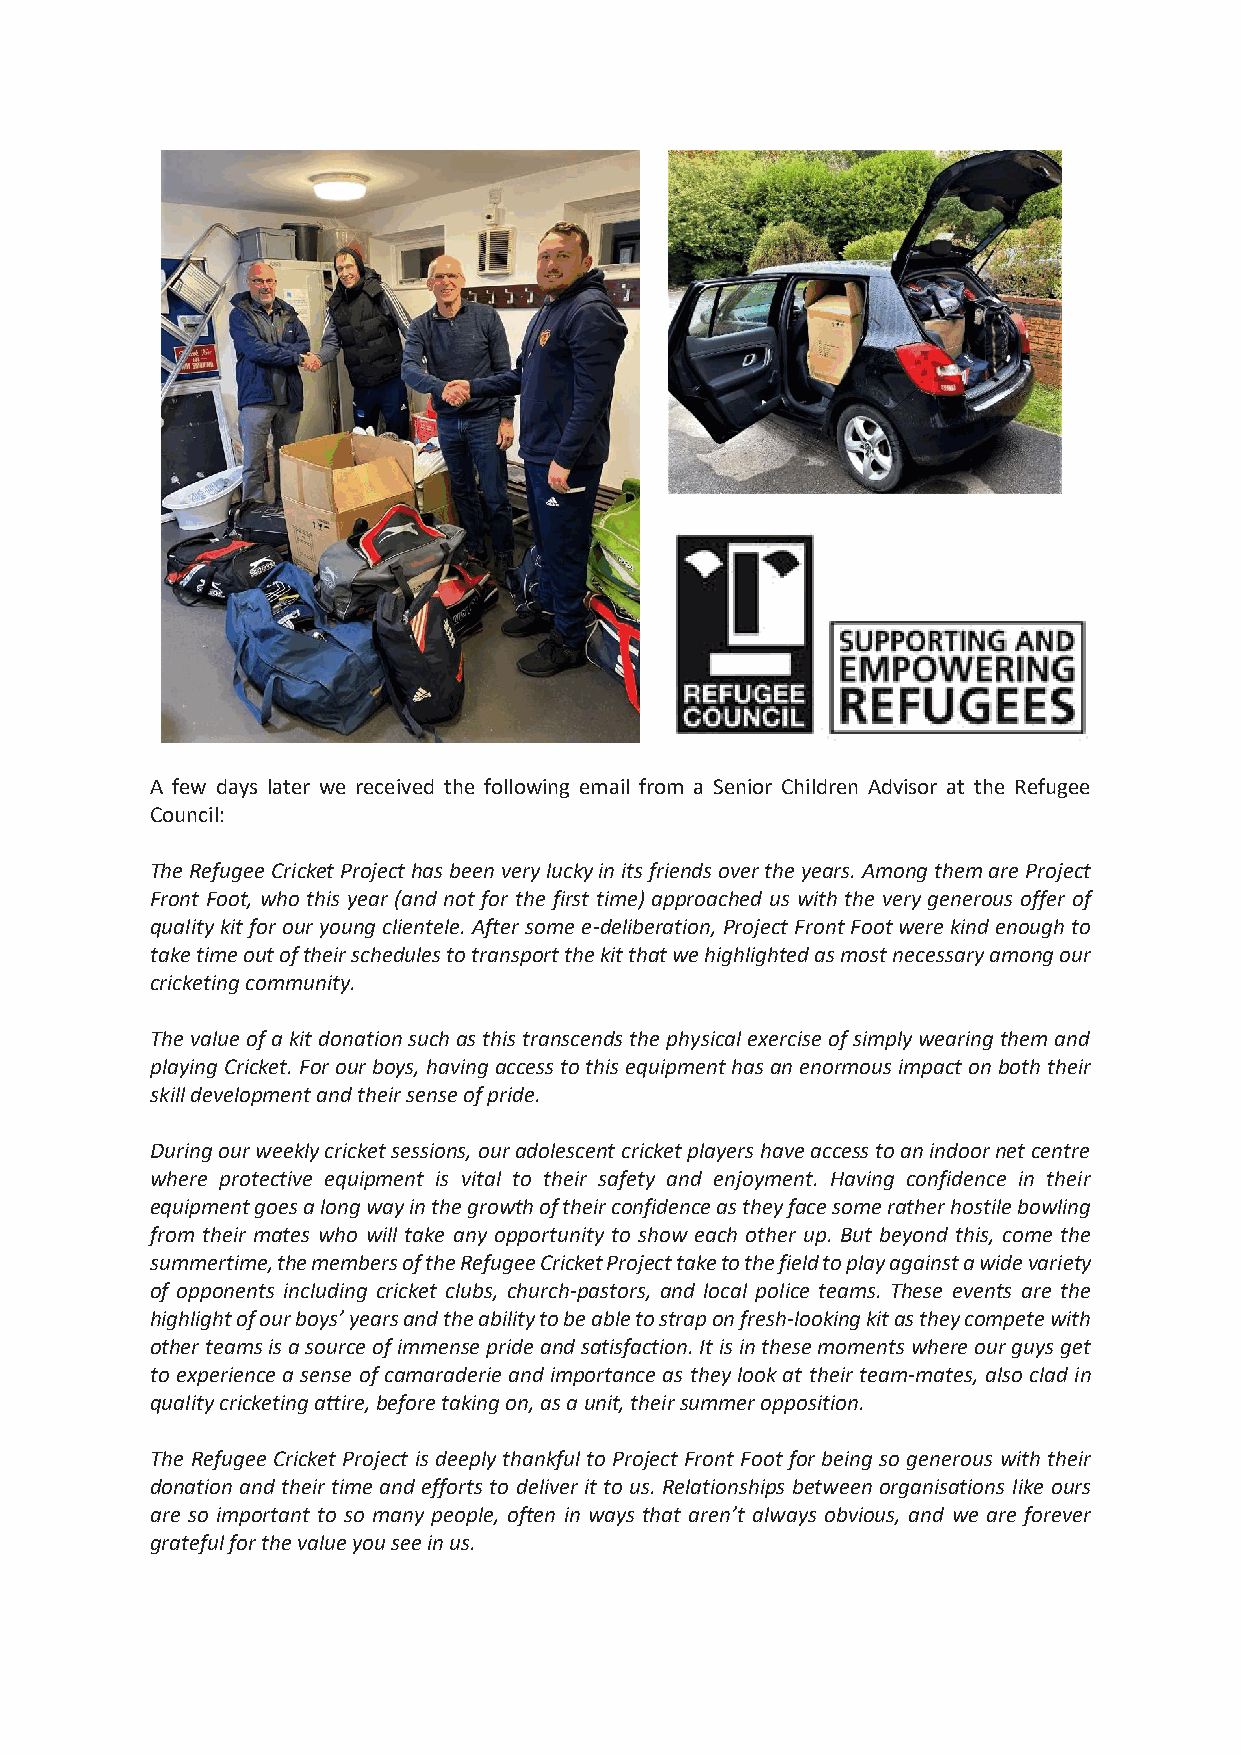
A few days later we received the following email from a Senior Children Advisor at the Refugee
 Council:
 The Refugee Cricket Project has been very lucky in its friends over the years. Among them are Project
 Front Foot, who this year (and not for the first time) approached us with the very generous offer of
 quality kit for our young clientele. After some e-deliberation, Project Front Foot were kind enough to
 take time out of their schedules to transport the kit that we highlighted as most necessary among our
 cricketing community.
 The value of a kit donation such as this transcends the physical exercise of simply wearing them and
 playing Cricket. For our boys, having access to this equipment has an enormous impact on both their
 skill development and their sense of pride.
 During our weekly cricket sessions, our adolescent cricket players have access to an indoor net centre
 where protective equipment is vital to their safety and enjoyment. Having confidence in their
 equipment goes a long way in the growth of their confidence as they face some rather hostile bowling
 from their mates who will take any opportunity to show each other up. But beyond this, come the
 summertime, the members of the Refugee Cricket Project take to the field to play against a wide variety
 of opponents including cricket clubs, church-pastors, and local police teams. These events are the
 highlight of our boys’ years and the ability to be able to strap on fresh-looking kit as they compete with
 other teams is a source of immense pride and satisfaction. It is in these moments where our guys get
 to experience a sense of camaraderie and importance as they look at their team-mates, also clad in
 quality cricketing attire, before taking on, as a unit, their summer opposition.
 The Refugee Cricket Project is deeply thankful to Project Front Foot for being so generous with their
 donation and their time and efforts to deliver it to us. Relationships between organisations like ours
 are so important to so many people, often in ways that aren’t always obvious, and we are forever
 grateful for the value you see in us.